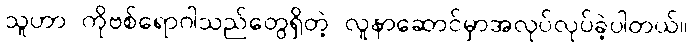
သူဟာ ကိုဗစ်ရောဂါသည်တွေရှိတဲ့ လူနာဆောင်မှာအလုပ်လုပ်ခဲ့ပါတယ်။